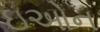
ઇઓન